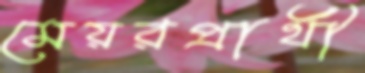
মেয়রপ্রার্থী